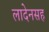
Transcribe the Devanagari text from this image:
लादेनसह